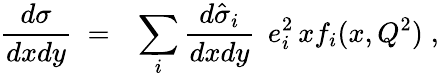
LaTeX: \frac{d\sigma}{dxdy}\; =\; \; \, \sum_{i}\frac{d\hat{\sigma}_{i}}{dxdy}\; \, e_{i}^{2}\, xf_{i}(x,Q^{2})\; ,